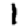
Digit: 1